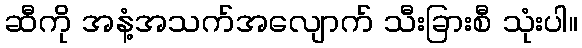
ဆီကို အနံ့အသက်အလျောက် သီးခြားစီ သုံးပါ။